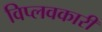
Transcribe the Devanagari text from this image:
विप्लवकारी